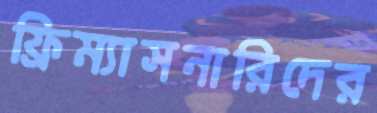
ফ্রিম্যাসনারিদের